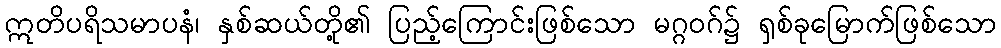
ဣတိပရိသမာပနံ၊ နှစ်ဆယ်တို့၏ ပြည့်ကြောင်းဖြစ်သော မဂ္ဂဝဂ်၌ ရှစ်ခုမြောက်ဖြစ်သော